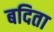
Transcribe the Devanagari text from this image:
बदिता